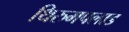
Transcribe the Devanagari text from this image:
थिरुमपलाड